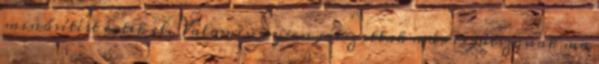
minősítést értek el. Valamennyien játszottak már és játszanak ma